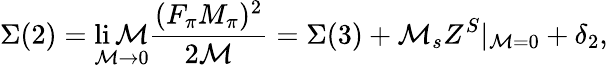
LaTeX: \Sigma(2)=\operatorname*{li\mathcal{M}}_{\mathcal{M}\to0}\frac{{(F_{\pi}M_{\pi})^{2}}}{{2\mathcal{M}}}=\Sigma(3)+\mathcal{M}_{s}Z^{S}|_{\mathcal{M}=0}+\delta_{2},